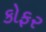
કોફર